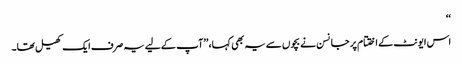
‘‘
اس ایونٹ کے اختتام پر جانسن نے بچوں سے یہ بھی کہا، ’’آپ کے لیے یہ صرف ایک کھیل تھا۔